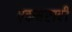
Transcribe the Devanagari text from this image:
एकसष्टावी